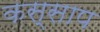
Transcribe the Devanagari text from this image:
कस्साप